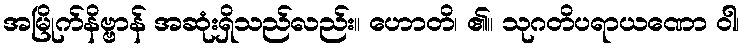
အမြိုက်နိဗ္ဗာန် အဆုံးရှိသည်လည်း။ ဟောတိ၊ ၏။ သုဂတိပရာယဏော ဝါ၊